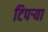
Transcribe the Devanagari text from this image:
टिपर्‍या